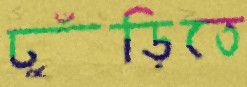
ঢুঁড়িতে